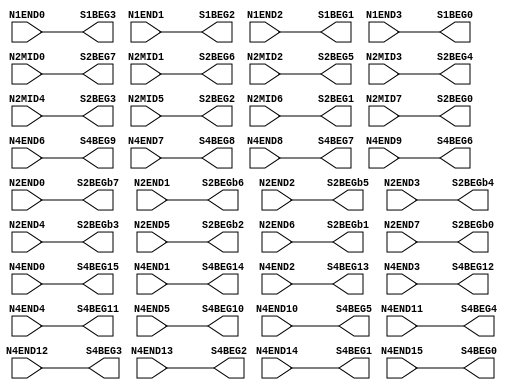
// Copyright 2021 University of Manchester
//
// Licensed under the Apache License, Version 2.0 (the "License");
// you may not use this file except in compliance with the License.
// You may obtain a copy of the License at
//
//      http://www.apache.org/licenses/LICENSE-2.0
//
// Unless required by applicable law or agreed to in writing, software
// distributed under the License is distributed on an "AS IS" BASIS,
// WITHOUT WARRANTIES OR CONDITIONS OF ANY KIND, either express or implied.
// See the License for the specific language governing permissions and
// limitations under the License.

//NumberOfConfigBits:0
module N_term_single2_switch_matrix (N1END0, N1END1, N1END2, N1END3, N2MID0, N2MID1, N2MID2, N2MID3, N2MID4, N2MID5, N2MID6, N2MID7, N2END0, N2END1, N2END2, N2END3, N2END4, N2END5, N2END6, N2END7, N4END0, N4END1, N4END2, N4END3, N4END4, N4END5, N4END6, N4END7, N4END8, N4END9, N4END10, N4END11, N4END12, N4END13, N4END14, N4END15, S1BEG0, S1BEG1, S1BEG2, S1BEG3, S2BEG0, S2BEG1, S2BEG2, S2BEG3, S2BEG4, S2BEG5, S2BEG6, S2BEG7, S2BEGb0, S2BEGb1, S2BEGb2, S2BEGb3, S2BEGb4, S2BEGb5, S2BEGb6, S2BEGb7, S4BEG0, S4BEG1, S4BEG2, S4BEG3, S4BEG4, S4BEG5, S4BEG6, S4BEG7, S4BEG8, S4BEG9, S4BEG10, S4BEG11, S4BEG12, S4BEG13, S4BEG14, S4BEG15);
	parameter NoConfigBits = 0;
	 // switch matrix inputs
	input N1END0;
	input N1END1;
	input N1END2;
	input N1END3;
	input N2MID0;
	input N2MID1;
	input N2MID2;
	input N2MID3;
	input N2MID4;
	input N2MID5;
	input N2MID6;
	input N2MID7;
	input N2END0;
	input N2END1;
	input N2END2;
	input N2END3;
	input N2END4;
	input N2END5;
	input N2END6;
	input N2END7;
	input N4END0;
	input N4END1;
	input N4END2;
	input N4END3;
	input N4END4;
	input N4END5;
	input N4END6;
	input N4END7;
	input N4END8;
	input N4END9;
	input N4END10;
	input N4END11;
	input N4END12;
	input N4END13;
	input N4END14;
	input N4END15;
	output S1BEG0;
	output S1BEG1;
	output S1BEG2;
	output S1BEG3;
	output S2BEG0;
	output S2BEG1;
	output S2BEG2;
	output S2BEG3;
	output S2BEG4;
	output S2BEG5;
	output S2BEG6;
	output S2BEG7;
	output S2BEGb0;
	output S2BEGb1;
	output S2BEGb2;
	output S2BEGb3;
	output S2BEGb4;
	output S2BEGb5;
	output S2BEGb6;
	output S2BEGb7;
	output S4BEG0;
	output S4BEG1;
	output S4BEG2;
	output S4BEG3;
	output S4BEG4;
	output S4BEG5;
	output S4BEG6;
	output S4BEG7;
	output S4BEG8;
	output S4BEG9;
	output S4BEG10;
	output S4BEG11;
	output S4BEG12;
	output S4BEG13;
	output S4BEG14;
	output S4BEG15;
	//global


	parameter GND0 = 1'b0;
	parameter GND = 1'b0;
	parameter VCC0 = 1'b1;
	parameter VCC = 1'b1;
	parameter VDD0 = 1'b1;
	parameter VDD = 1'b1;
	
	wire [1 -1:0]S1BEG0_input;
	wire [1 -1:0]S1BEG1_input;
	wire [1 -1:0]S1BEG2_input;
	wire [1 -1:0]S1BEG3_input;
	wire [1 -1:0]S2BEG0_input;
	wire [1 -1:0]S2BEG1_input;
	wire [1 -1:0]S2BEG2_input;
	wire [1 -1:0]S2BEG3_input;
	wire [1 -1:0]S2BEG4_input;
	wire [1 -1:0]S2BEG5_input;
	wire [1 -1:0]S2BEG6_input;
	wire [1 -1:0]S2BEG7_input;
	wire [1 -1:0]S2BEGb0_input;
	wire [1 -1:0]S2BEGb1_input;
	wire [1 -1:0]S2BEGb2_input;
	wire [1 -1:0]S2BEGb3_input;
	wire [1 -1:0]S2BEGb4_input;
	wire [1 -1:0]S2BEGb5_input;
	wire [1 -1:0]S2BEGb6_input;
	wire [1 -1:0]S2BEGb7_input;
	wire [1 -1:0]S4BEG0_input;
	wire [1 -1:0]S4BEG1_input;
	wire [1 -1:0]S4BEG2_input;
	wire [1 -1:0]S4BEG3_input;
	wire [1 -1:0]S4BEG4_input;
	wire [1 -1:0]S4BEG5_input;
	wire [1 -1:0]S4BEG6_input;
	wire [1 -1:0]S4BEG7_input;
	wire [1 -1:0]S4BEG8_input;
	wire [1 -1:0]S4BEG9_input;
	wire [1 -1:0]S4BEG10_input;
	wire [1 -1:0]S4BEG11_input;
	wire [1 -1:0]S4BEG12_input;
	wire [1 -1:0]S4BEG13_input;
	wire [1 -1:0]S4BEG14_input;
	wire [1 -1:0]S4BEG15_input;


// The configuration bits (if any) are just a long shift register

// This shift register is padded to an even number of flops/latches
// switch matrix multiplexer  S1BEG0 		MUX-1
	assign S1BEG0 = N1END3;
// switch matrix multiplexer  S1BEG1 		MUX-1
	assign S1BEG1 = N1END2;
// switch matrix multiplexer  S1BEG2 		MUX-1
	assign S1BEG2 = N1END1;
// switch matrix multiplexer  S1BEG3 		MUX-1
	assign S1BEG3 = N1END0;
// switch matrix multiplexer  S2BEG0 		MUX-1
	assign S2BEG0 = N2MID7;
// switch matrix multiplexer  S2BEG1 		MUX-1
	assign S2BEG1 = N2MID6;
// switch matrix multiplexer  S2BEG2 		MUX-1
	assign S2BEG2 = N2MID5;
// switch matrix multiplexer  S2BEG3 		MUX-1
	assign S2BEG3 = N2MID4;
// switch matrix multiplexer  S2BEG4 		MUX-1
	assign S2BEG4 = N2MID3;
// switch matrix multiplexer  S2BEG5 		MUX-1
	assign S2BEG5 = N2MID2;
// switch matrix multiplexer  S2BEG6 		MUX-1
	assign S2BEG6 = N2MID1;
// switch matrix multiplexer  S2BEG7 		MUX-1
	assign S2BEG7 = N2MID0;
// switch matrix multiplexer  S2BEGb0 		MUX-1
	assign S2BEGb0 = N2END7;
// switch matrix multiplexer  S2BEGb1 		MUX-1
	assign S2BEGb1 = N2END6;
// switch matrix multiplexer  S2BEGb2 		MUX-1
	assign S2BEGb2 = N2END5;
// switch matrix multiplexer  S2BEGb3 		MUX-1
	assign S2BEGb3 = N2END4;
// switch matrix multiplexer  S2BEGb4 		MUX-1
	assign S2BEGb4 = N2END3;
// switch matrix multiplexer  S2BEGb5 		MUX-1
	assign S2BEGb5 = N2END2;
// switch matrix multiplexer  S2BEGb6 		MUX-1
	assign S2BEGb6 = N2END1;
// switch matrix multiplexer  S2BEGb7 		MUX-1
	assign S2BEGb7 = N2END0;
// switch matrix multiplexer  S4BEG0 		MUX-1
	assign S4BEG0 = N4END15;
// switch matrix multiplexer  S4BEG1 		MUX-1
	assign S4BEG1 = N4END14;
// switch matrix multiplexer  S4BEG2 		MUX-1
	assign S4BEG2 = N4END13;
// switch matrix multiplexer  S4BEG3 		MUX-1
	assign S4BEG3 = N4END12;
// switch matrix multiplexer  S4BEG4 		MUX-1
	assign S4BEG4 = N4END11;
// switch matrix multiplexer  S4BEG5 		MUX-1
	assign S4BEG5 = N4END10;
// switch matrix multiplexer  S4BEG6 		MUX-1
	assign S4BEG6 = N4END9;
// switch matrix multiplexer  S4BEG7 		MUX-1
	assign S4BEG7 = N4END8;
// switch matrix multiplexer  S4BEG8 		MUX-1
	assign S4BEG8 = N4END7;
// switch matrix multiplexer  S4BEG9 		MUX-1
	assign S4BEG9 = N4END6;
// switch matrix multiplexer  S4BEG10 		MUX-1
	assign S4BEG10 = N4END5;
// switch matrix multiplexer  S4BEG11 		MUX-1
	assign S4BEG11 = N4END4;
// switch matrix multiplexer  S4BEG12 		MUX-1
	assign S4BEG12 = N4END3;
// switch matrix multiplexer  S4BEG13 		MUX-1
	assign S4BEG13 = N4END2;
// switch matrix multiplexer  S4BEG14 		MUX-1
	assign S4BEG14 = N4END1;
// switch matrix multiplexer  S4BEG15 		MUX-1
	assign S4BEG15 = N4END0;

endmodule